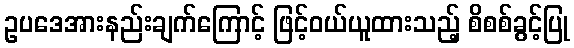
ဥပဒေအားနည်းချက်ကြောင့် ဖြင့်ဝယ်ယူထားသည့် စိစစ်ခွင့်ပြု